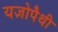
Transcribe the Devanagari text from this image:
यज्ञोपैथी